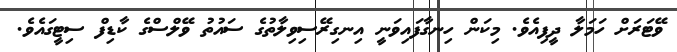
ވޭޓަރަށް ހަމަލާ ދީފިއެވެ. މިކަން ހިނގާފައިވަނީ އިނގިރޭސިވިލާތުގެ ސައުތު ވޭލްސްގެ ކާޑިފް ސިޓީގައެވެ.